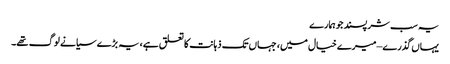
یہ سب شرپسند جو ہمارے
یہاں گذرے – میرے خیال میں، جہاں تک ذہانت کا تعلق ہے، یہ بڑے سیانے لوگ تھے۔